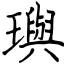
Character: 璵